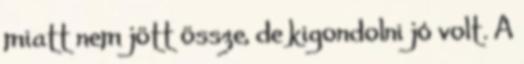
miatt nem jött össze, de kigondolni jó volt. A